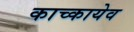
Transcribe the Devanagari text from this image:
काच्कायेव